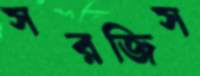
সরজিস